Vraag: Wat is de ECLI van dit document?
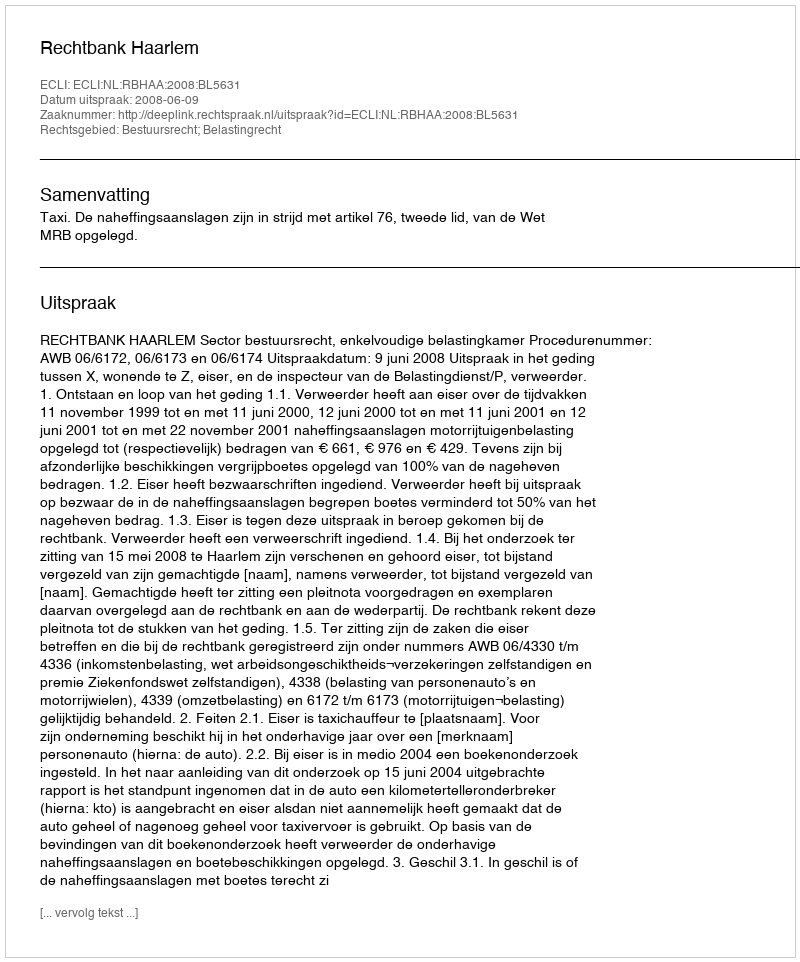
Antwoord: ECLI:NL:RBHAA:2008:BL5631